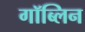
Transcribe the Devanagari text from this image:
गॉब्लिन